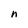
Character: n